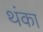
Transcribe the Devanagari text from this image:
थंका